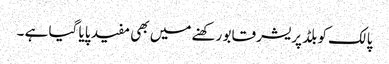
پالک کو بلڈ پریشر قابو رکھنے میں بھی مفید پایا گیا ہے ۔